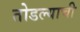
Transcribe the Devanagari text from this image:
तोडल्याची